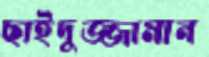
ছাইদুজ্জামান